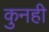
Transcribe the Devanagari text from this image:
कुनही